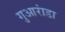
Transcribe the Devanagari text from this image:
गुआरांडा